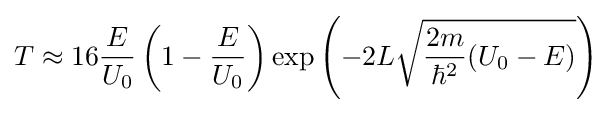
T\approx 16{\frac {E}{U_{0}}}\left(1-{\frac {E}{U_{0}}}\right)\exp \left(-2L{\sqrt {{\frac {2m}{\hbar ^{2}}}(U_{0}-E)}}\right)